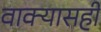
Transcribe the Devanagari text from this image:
वाक्यासही